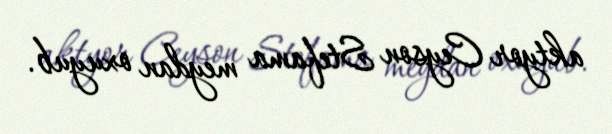
aktyor Ceyson Stefama meydan oxuyub.